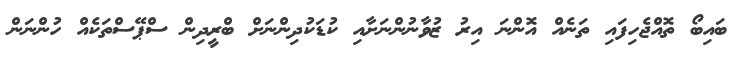
ބައިބޯ ތޮއްޖެހިފައި ތަނެއް އޮންނަ އިރު ޒުވާނުންނަށާއި ކުޑަކުދިންނަށް ބްރީދިން ސްޕޭސްތަކެއް ހުންނަން